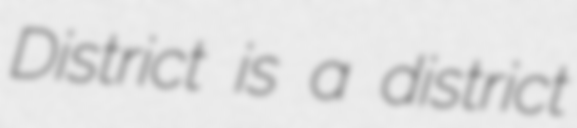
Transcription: District is a district